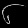
Digit: ၆